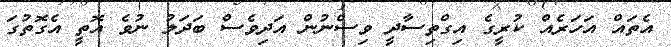
އެތައް އަހަރެއް ކުރީގެ އިގްތިސާދީ ވިސްނުން އަދިވެސް ބަދަލު ނުވެ އޮތީ އެގޮތުގަ